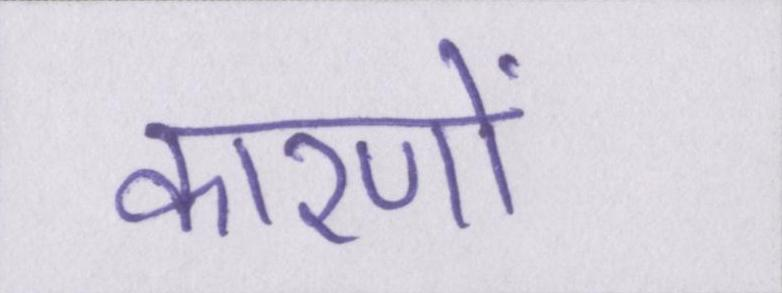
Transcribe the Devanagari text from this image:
कारणों